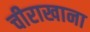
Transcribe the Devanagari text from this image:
चीराखाना